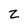
Character: z